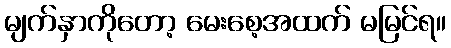
မျက်နှာကိုတော့ မေးစေ့အထက် မမြင်ရ။